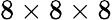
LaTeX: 8\times 8\times 8